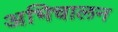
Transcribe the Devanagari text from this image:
अभिचालन